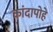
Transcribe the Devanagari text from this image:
कांदापोहे